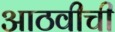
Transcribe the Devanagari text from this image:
आठवीची